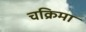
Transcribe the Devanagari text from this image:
चक्रिमा